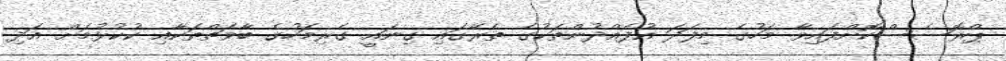
ޕްރޮސެސްކޮށްފައިވާ މަހުގެ މިފަދަ އުފެއްދުންތަކުގެ ތެރޭގައި ގިނައީ ގެރިމަހުގެ ބާވަތްތަކާއި ކުކުޅުމަށް އަދި